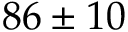
8 6 \pm 1 0 \